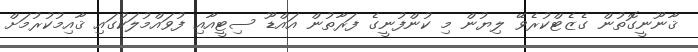
ޤާނޫނީގޮތުން ގެޒެޓްކުރެވޭ ލިޔުން މި ކުންފުނީގެ ފަރާތުން އައްޑޫ ސިޓީއާއި ފުވައްމުލަކުގައި ޤާއިމުކުރުމަށް